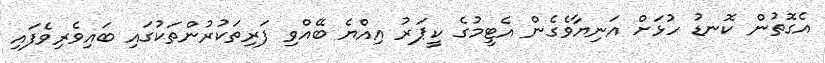
އެގޮތުން ކޮނޑު ހުޅަށް އަނިޔާވެގެން އެޓީމުގެ ކީޕަރު އިއްޔެ ބޭއްވި ފަރިތަކުރުންތަކުގައި ބައިވެރިވެފައި